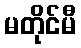
မတိုင်မီ